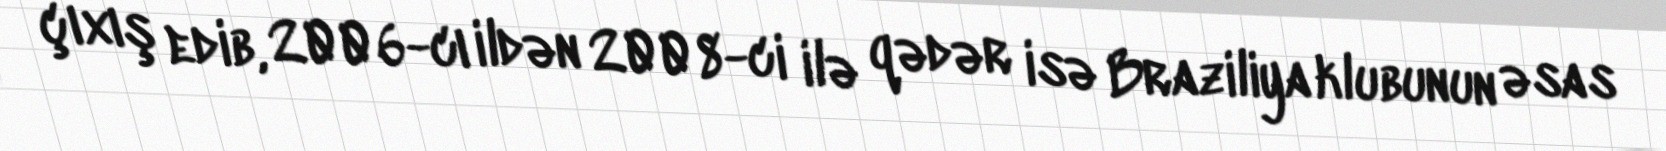
çıxış edib, 2006-cı ildən 2008-ci ilə qədər isə Braziliya klubunun əsas